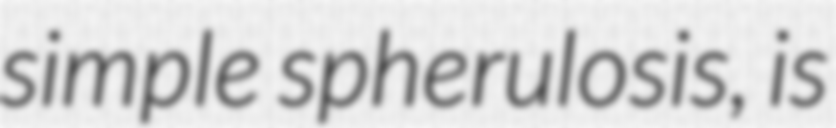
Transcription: simple spherulosis, is